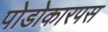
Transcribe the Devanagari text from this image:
पोडोकारपस